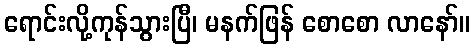
ရောင်းလို့ကုန်သွားပြီ၊ မနက်ဖြန် စောစော လာနော်။